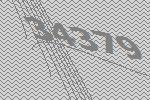
34379